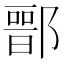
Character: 𨝶